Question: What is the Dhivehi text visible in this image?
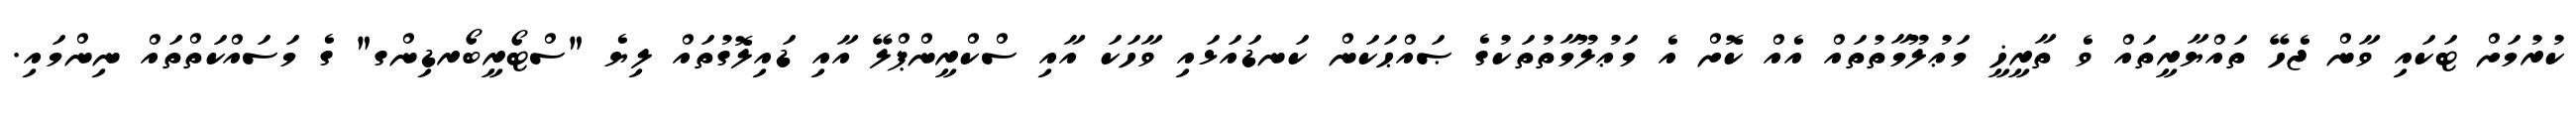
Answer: ކުރުމަށް ޓަކައި ވާން ޖެހޭ ތައްޔާރީތައް ވެ ތާރީޚީ މަޢުލޫމާތުތައް އެއް ކޮށް އެ މަޢުލޫމާތުތަކުގެ ޞައްޙަކަން ކަނޑައަޅައި ވާހަކަ އާއި ސްކްރީންޕްލޭ އާއި ޑައިލޮގުތައް ލިޔެ "ސްޓޯރީބޯރޑިންގ" ގެ މަސައްކަތްތައް ނިންމައި.